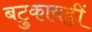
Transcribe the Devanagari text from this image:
बटुकायह्रीं